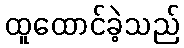
ထူထောင်ခဲ့သည်